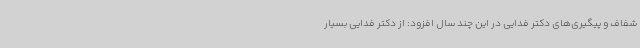
شفاف و پیگیری‌های دکتر فدایی در این چند سال افزود: از دکتر فدایی بسیار